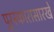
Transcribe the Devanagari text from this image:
पुरस्कारासारखे